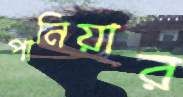
পানিয়ার